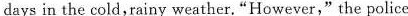
days in the cold,rainy weather."However," the police